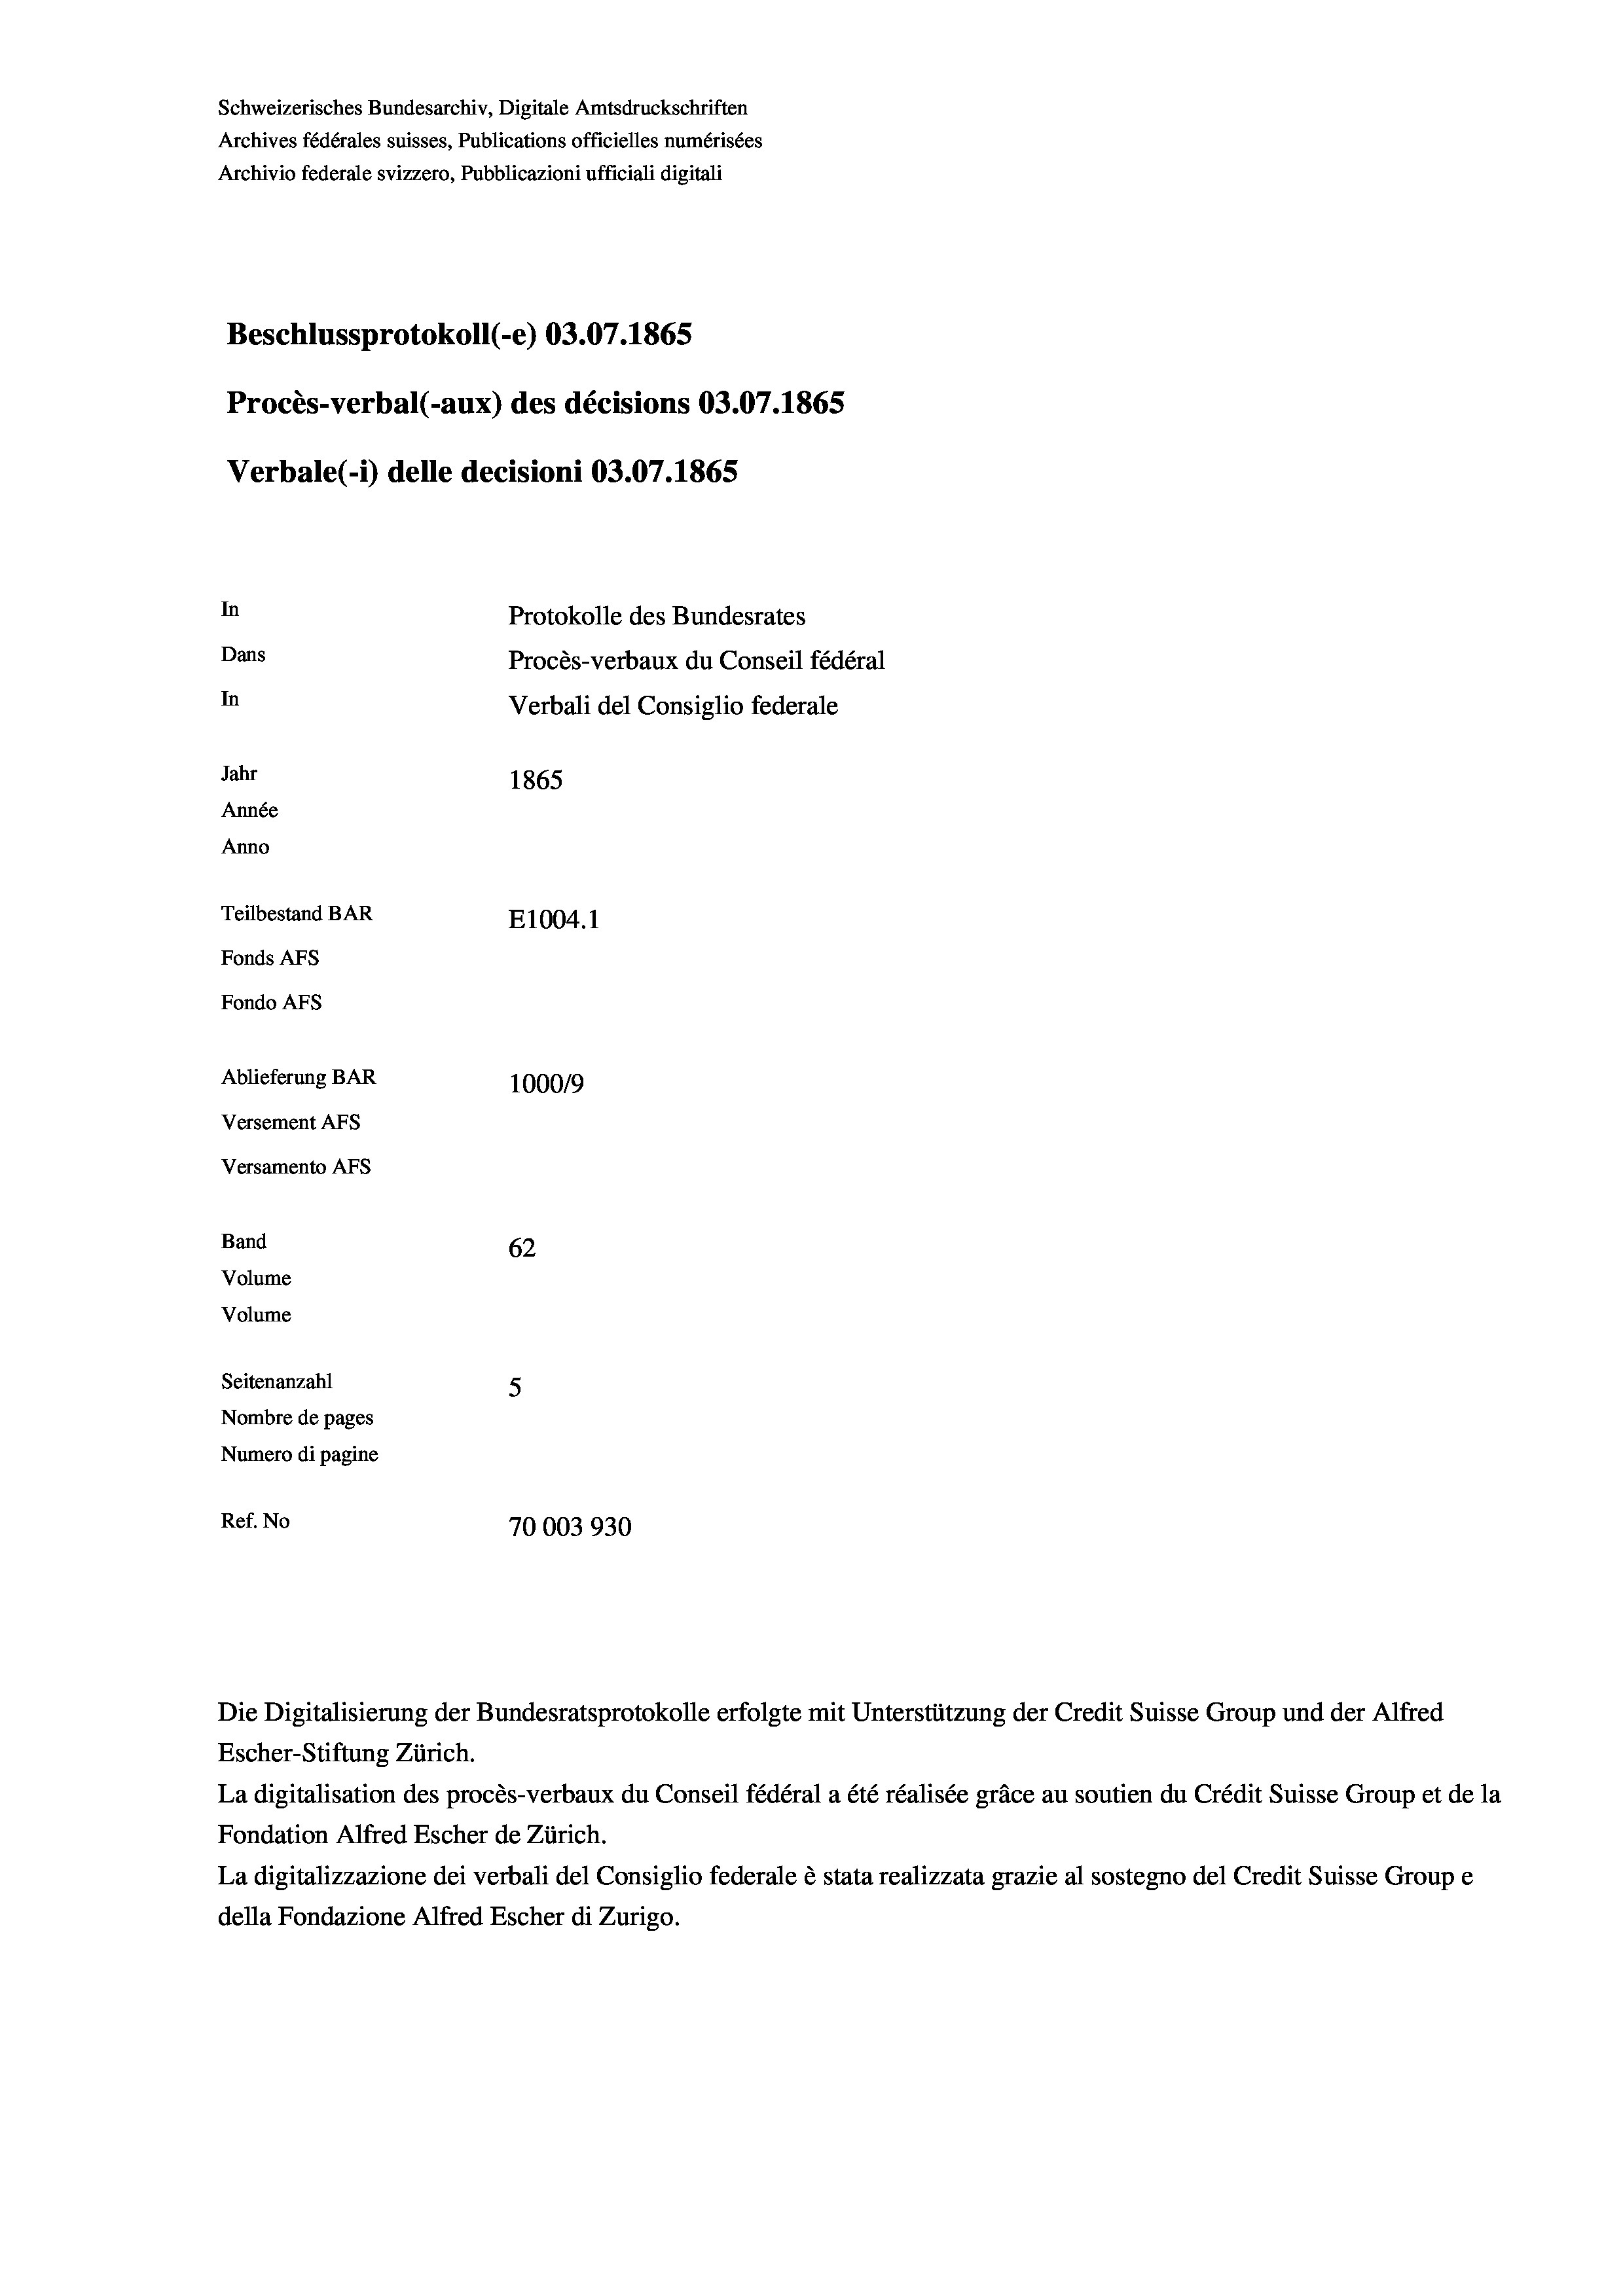
Schweizerisches Bundesarchiv, Digitale Amtsdruckschriften
Archives fédérales suisses, Publications officielles numérisées
Archivio federale svizzero, Pubblicazioni ufficiali digitali
Beschlussprotokoll (-e) 03.07. 1865
Procès-verbal (-aux) des décisions 03.07.1865
Verbale (1) delle decisioni 03.07. 1865
In
Protokolle des Bundesrates
Dans
Procès-verbaux du Conseil fédéral
In
Verbali del Consiglio federale
Jahr
1865
Année
Anno
Teilbestand BAR
E1004.1
Fonds Afs
Fondo AFS
Ablieferung BAR
100019
Versement Abs
Versamento Afs
Band
62
Volume
Volume
Seitenanzahl
5
Nombre de pages
Numero di pagine
Ref. No
70003930

Escher-Stiftung Zürich.
La digitalisation des procès-verbaux du Conseil fédéral a été réalisée gräce au soutien du Crédit Suisse Group et de la
Fondation Alfred Escher de Zürich.
La digitalizzazione dei verbali del Consiglio federale è stata realizzata grazie al sostegno del Credit Suisse Groupe
della Fondazione Alfred Escher di Zurigo.

Die Digitalisierung der Bundesratsprotokolle erfolgte mit Unterstützung der Credit Suisse Group und der Alfred